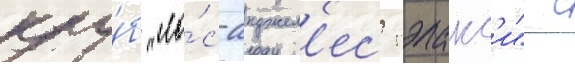
клу́б "ло́с-анджел'ес гэлакс'и" с